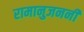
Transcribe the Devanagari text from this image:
रामानुजननी